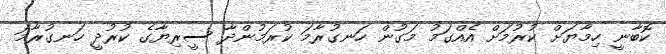
ކޮބާނީ ހިމާޔަށް ކުރުމަށް އެއްގަމު މަގުން ހަނގުރާމަ ކުރަމުންދާ ސީރިޔާގެ ކުރުދީ ހަނގުރާމަ